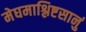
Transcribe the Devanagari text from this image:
मेघमाश्लिष्टसानुं